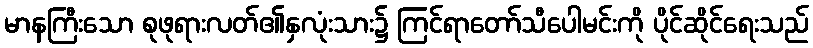
မာနကြီးသော စုဖုရားလတ်၏နှလုံးသား၌ ကြင်ရာတော်သီပေါမင်းကို ပိုင်ဆိုင်ရေးသည်